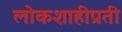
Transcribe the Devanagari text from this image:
लोकशाहीप्रती